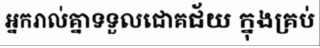
អ្នករាល់គ្នាទទួលជោគជ័យ ក្នុងគ្រប់